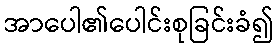
အာပေါ၏ပေါင်းစုခြင်းခံ၍